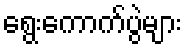
ရွေးကောက်ပွဲများ